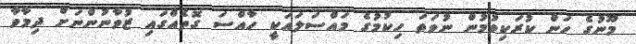
މޫނުގެ ހަން ކުރަކިވުމުން ނުވަތަ ހިކުމުގެ މައްސަލައަކީ ހާއްސަ ގޮތެއްގައި ޒުވާނުންނަށް ދިމާވާ